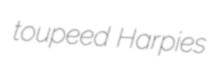
toupeed Harpies